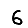
Digit: 6